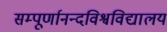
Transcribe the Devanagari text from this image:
सम्पूर्णानन्दविश्वविद्यालय